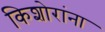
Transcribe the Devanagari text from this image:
किशोरांना